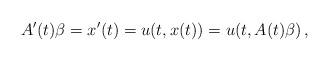
LaTeX: \begin{align*} A'(t)\beta=x'(t)=u(t, x(t))=u(t, A(t)\beta)\,, \end{align*}